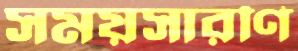
সময়সারণি